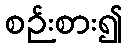
စဉ်းစား၍